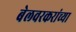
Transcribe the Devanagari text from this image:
बेलवरकरांच्या